Eesti_Rahvusfond, lk 39
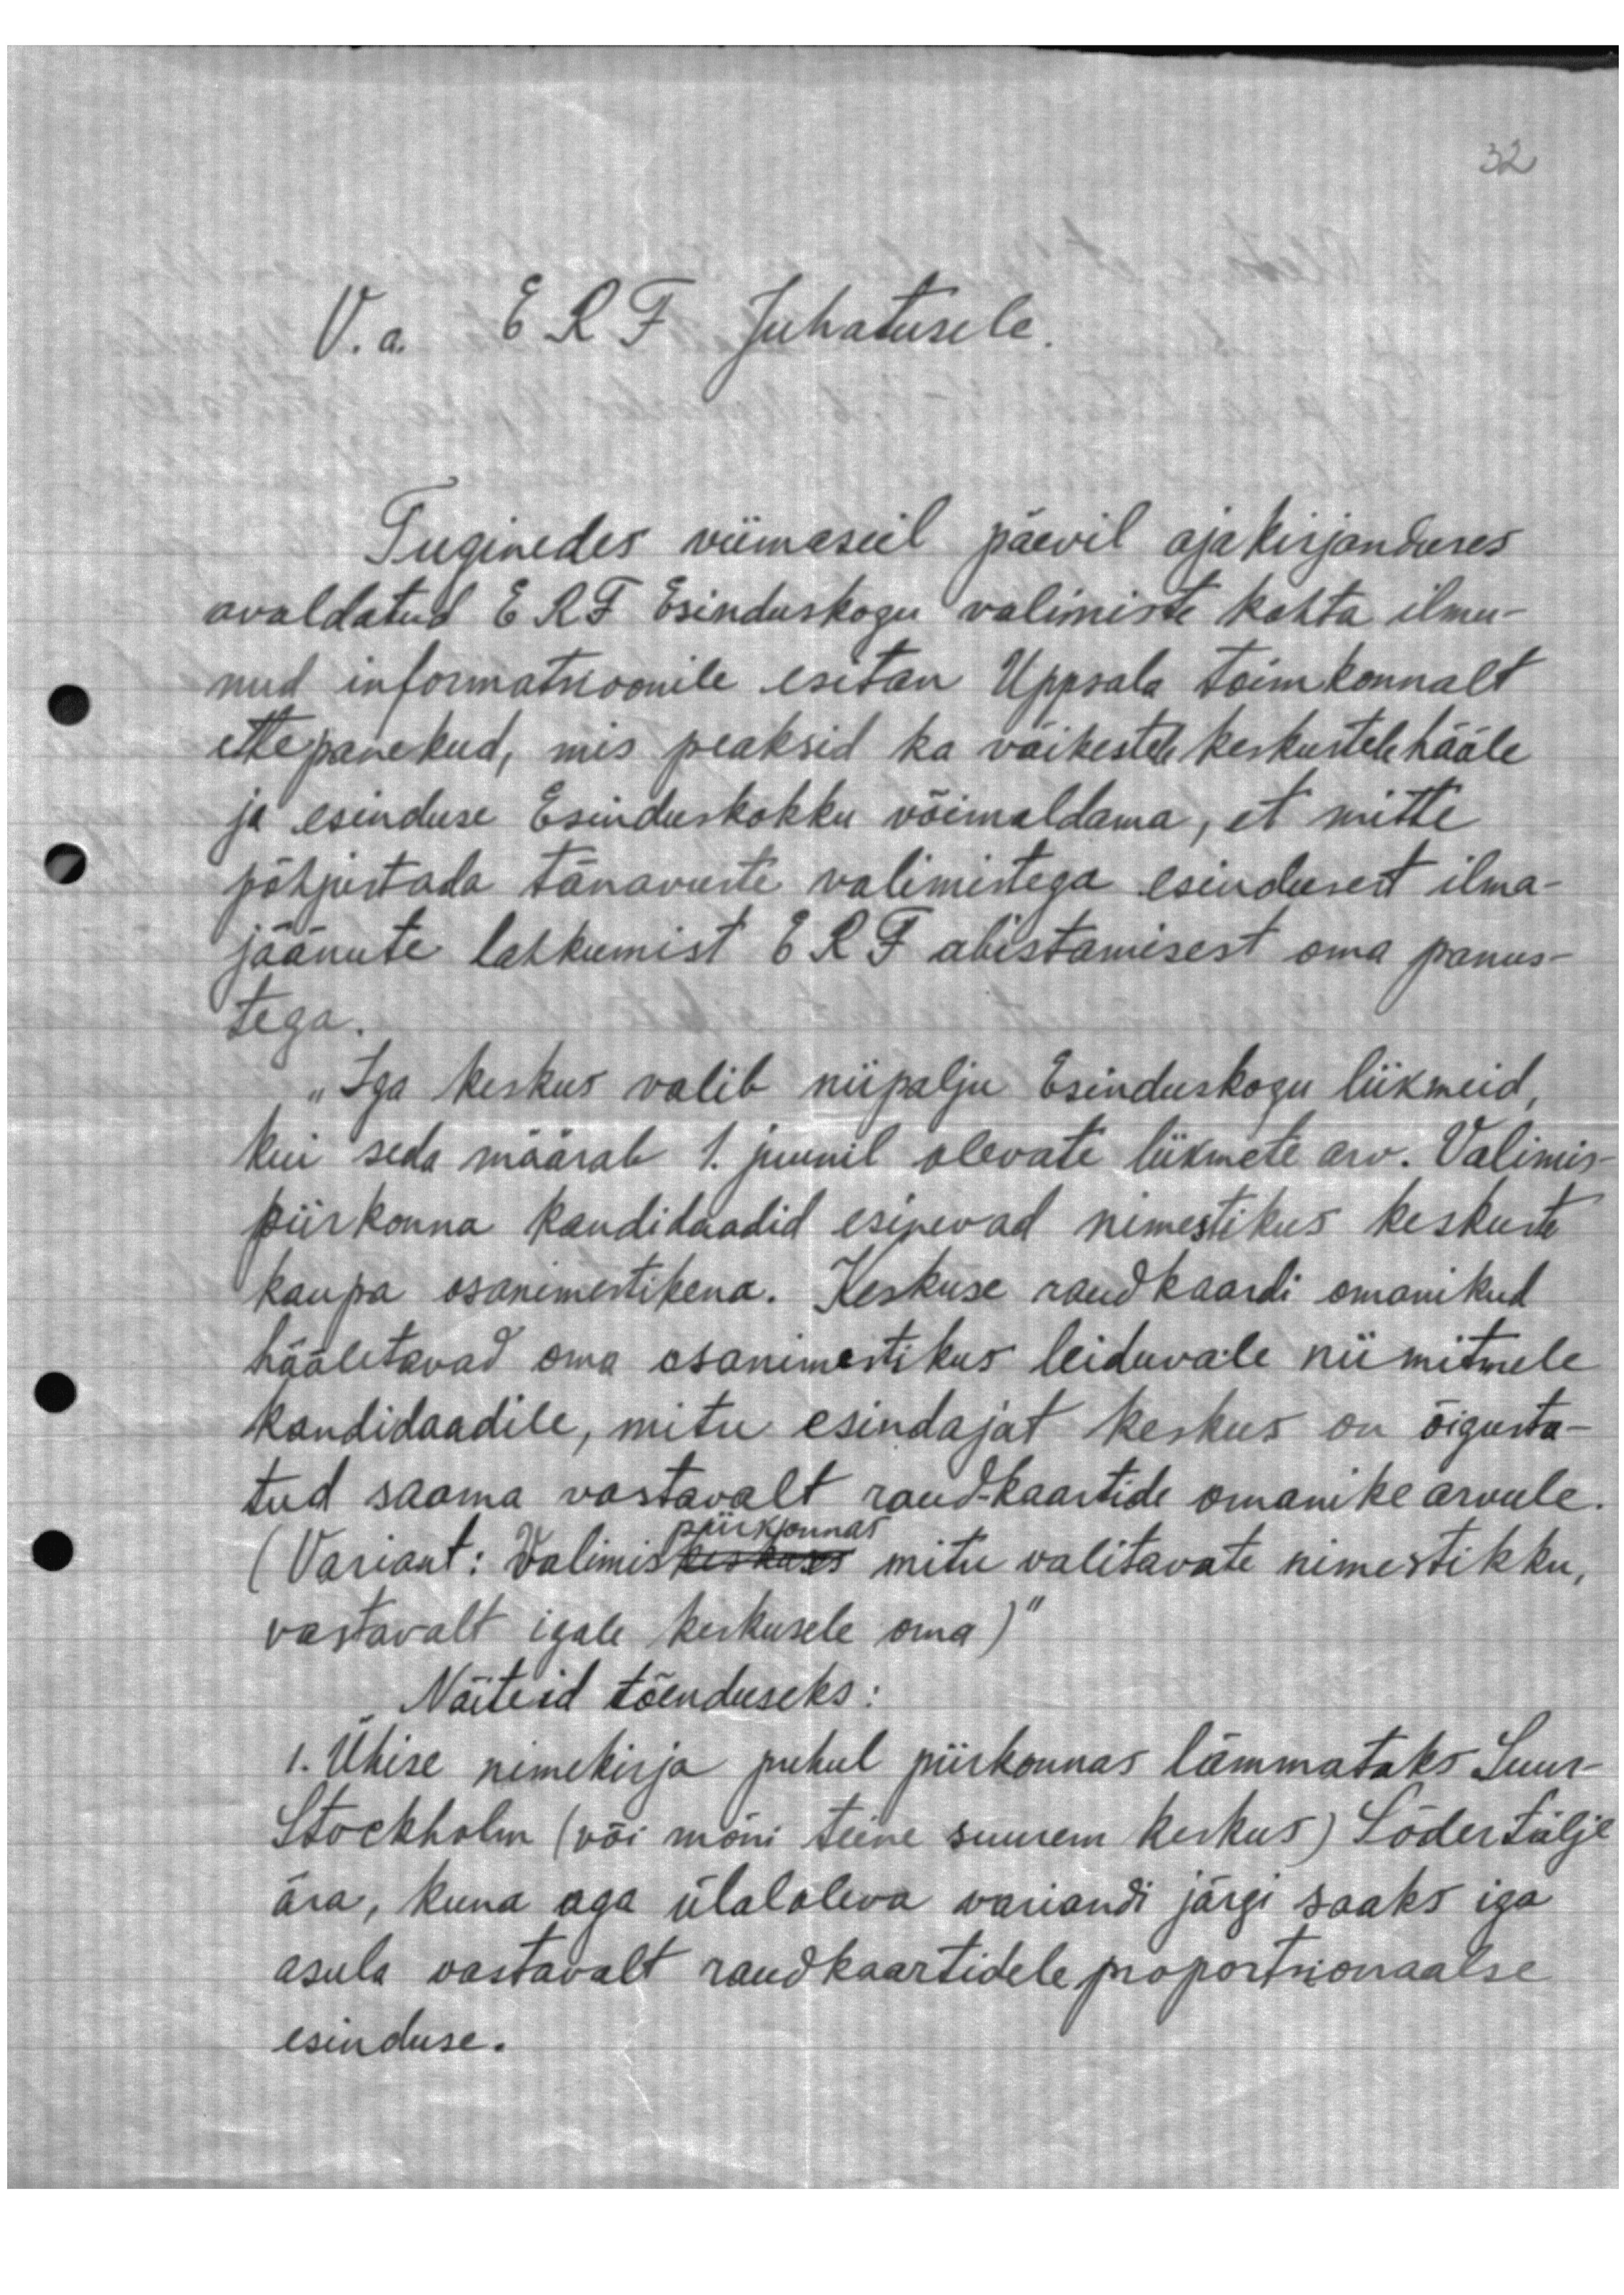
V.a. ERF Juhatusele.
Tuginedes viimaseil päevil ajakirjanduses
avaldatud ERF Esinduskogu valimiste kohta ilmu-
nud informatsioonile esitan Uppsala toimkonnalt
ettepanekud, mis peaksid ka väikestele keskutele hääle
ja esinduse Esinduskokku võimaldama, et mitte
põhjustada tänavuste valimistega esindusest ilma-
jäänute lahkumist ERF abistamisest oma panus-
tega.
"Iga keskus valib niipalju Esinduskogu liikmeid,
kui seda määrab 1. juunil olevate liikmete arv. Valimis-
piirkonna kandidaadid esinevad nimestikus keskuste
kaupa osanimestikena. Keskuse raudkaardi omanikud
hääletavad oma osanimestikus leiduvale niimitmele
kandidaadile, mitu esindajat keskus on õigusta-
tud saama vastavalt raud-kaartide omanike arvule.
(Variant: Valimiskeskuses mitu valitavate nimestikku,
piirkonnas
vastavalt igale keskusele oma)"
Näiteid tõenduseks:
1. Ühise nimekirja puhul piirkonnas lämmataks Suur-
Stockholm (või mõni teine suurem keskus) Södertälje
ära, kuna aga ülaloleva variandi järgi saaks iga
asula vastavalt raudkaartidele proportkonaalse
esinduse.